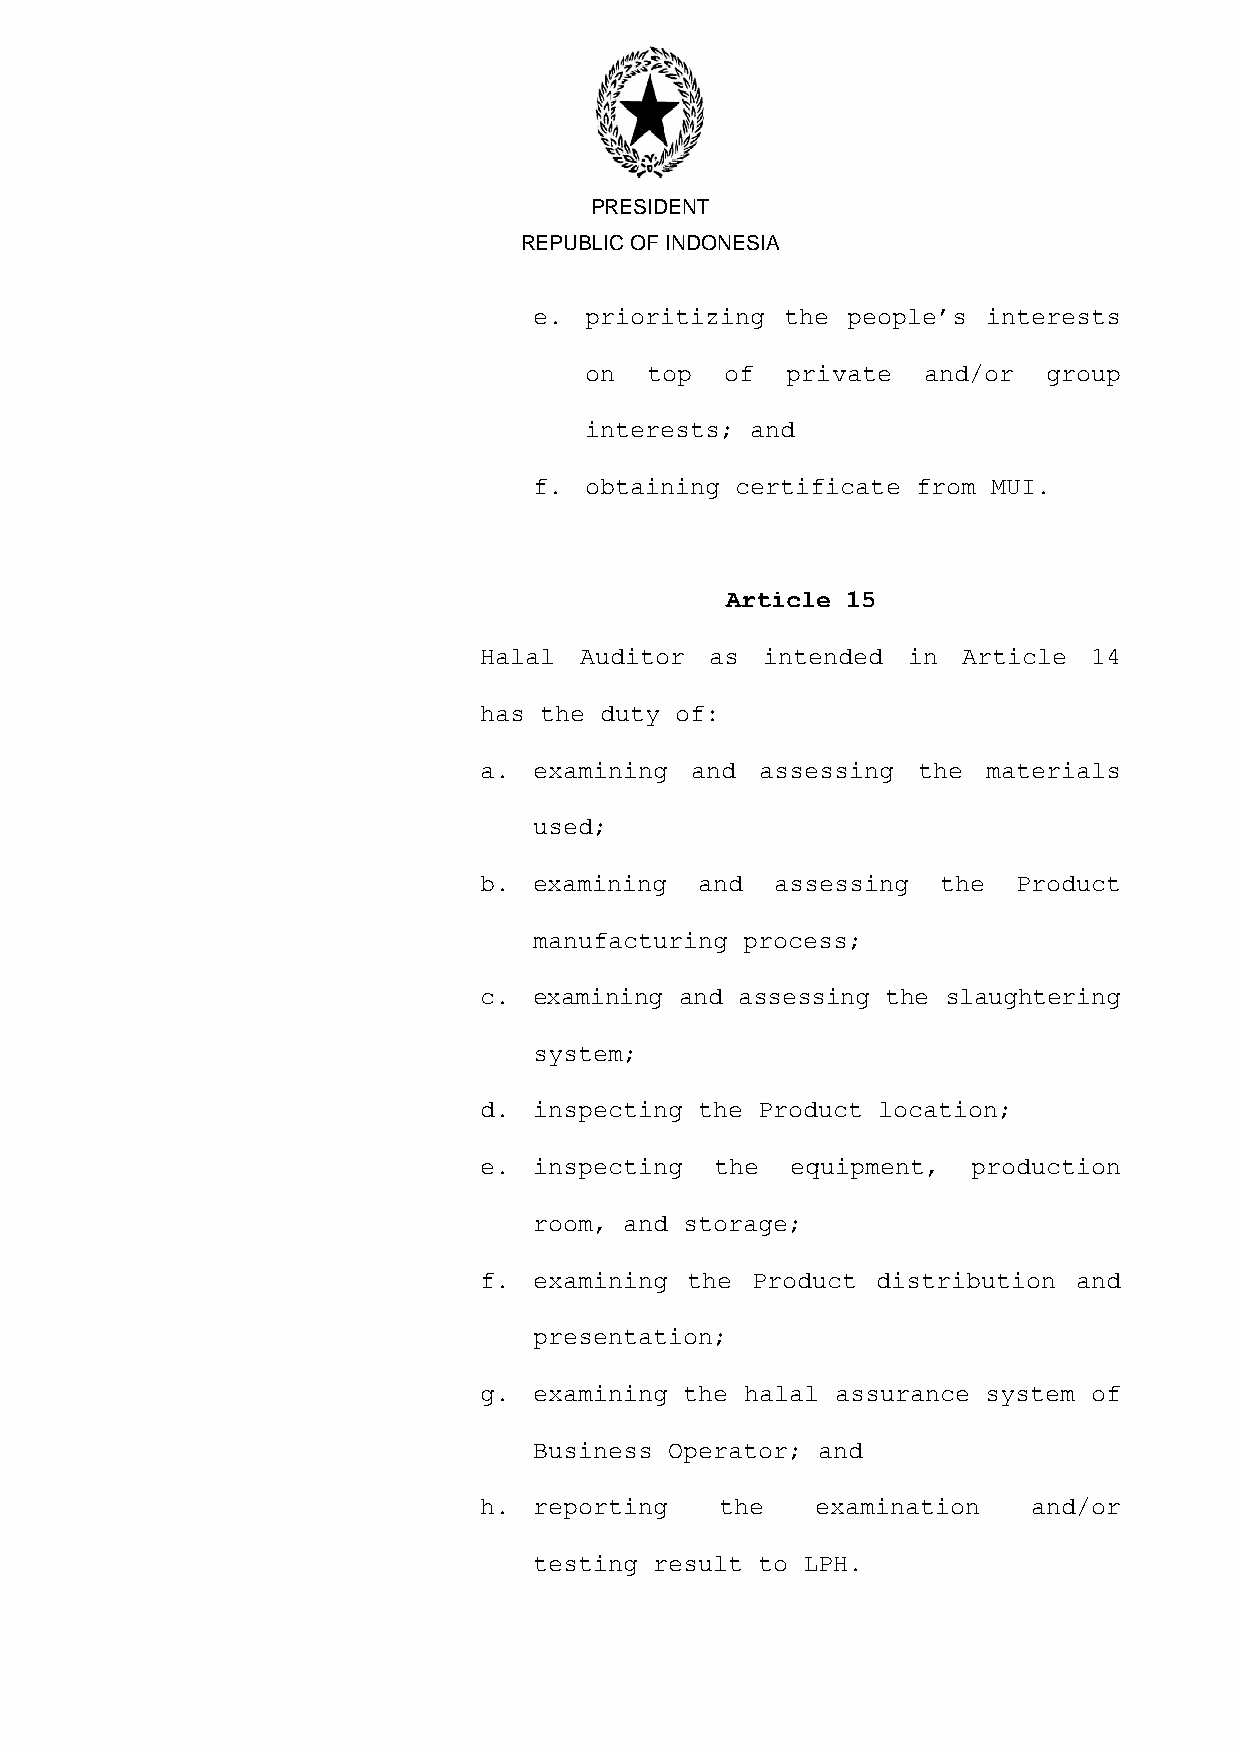
PRESIDENT
 REPUBLIC OF INDONESIA
 e.  prioritizing the people’s interests
 on  top  of  private  and/or  group
 interests; and
 f.  obtaining certificate from MUI.
 Article 15
 Halal Auditor  as  intended in  Article 14
 has the duty of:
 a. examining  and assessing  the materials
 used;
 b. examining  and  assessing  the  Product
 manufacturing process;
 c. examining and assessing the slaughtering
 system;
 d. inspecting the Product location;
 e. inspecting  the  equipment,  production
 room, and storage;
 f. examining the  Product distribution and
 presentation;
 g. examining the halal assurance system of
 Business Operator; and
 h. reporting    the   examination   and/or
 testing result to LPH.